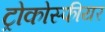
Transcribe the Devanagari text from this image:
ट्रोकोस्फीयर